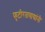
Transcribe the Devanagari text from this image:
फुटीरतावाद्यांनी